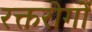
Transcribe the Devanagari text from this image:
रक्तरोगों